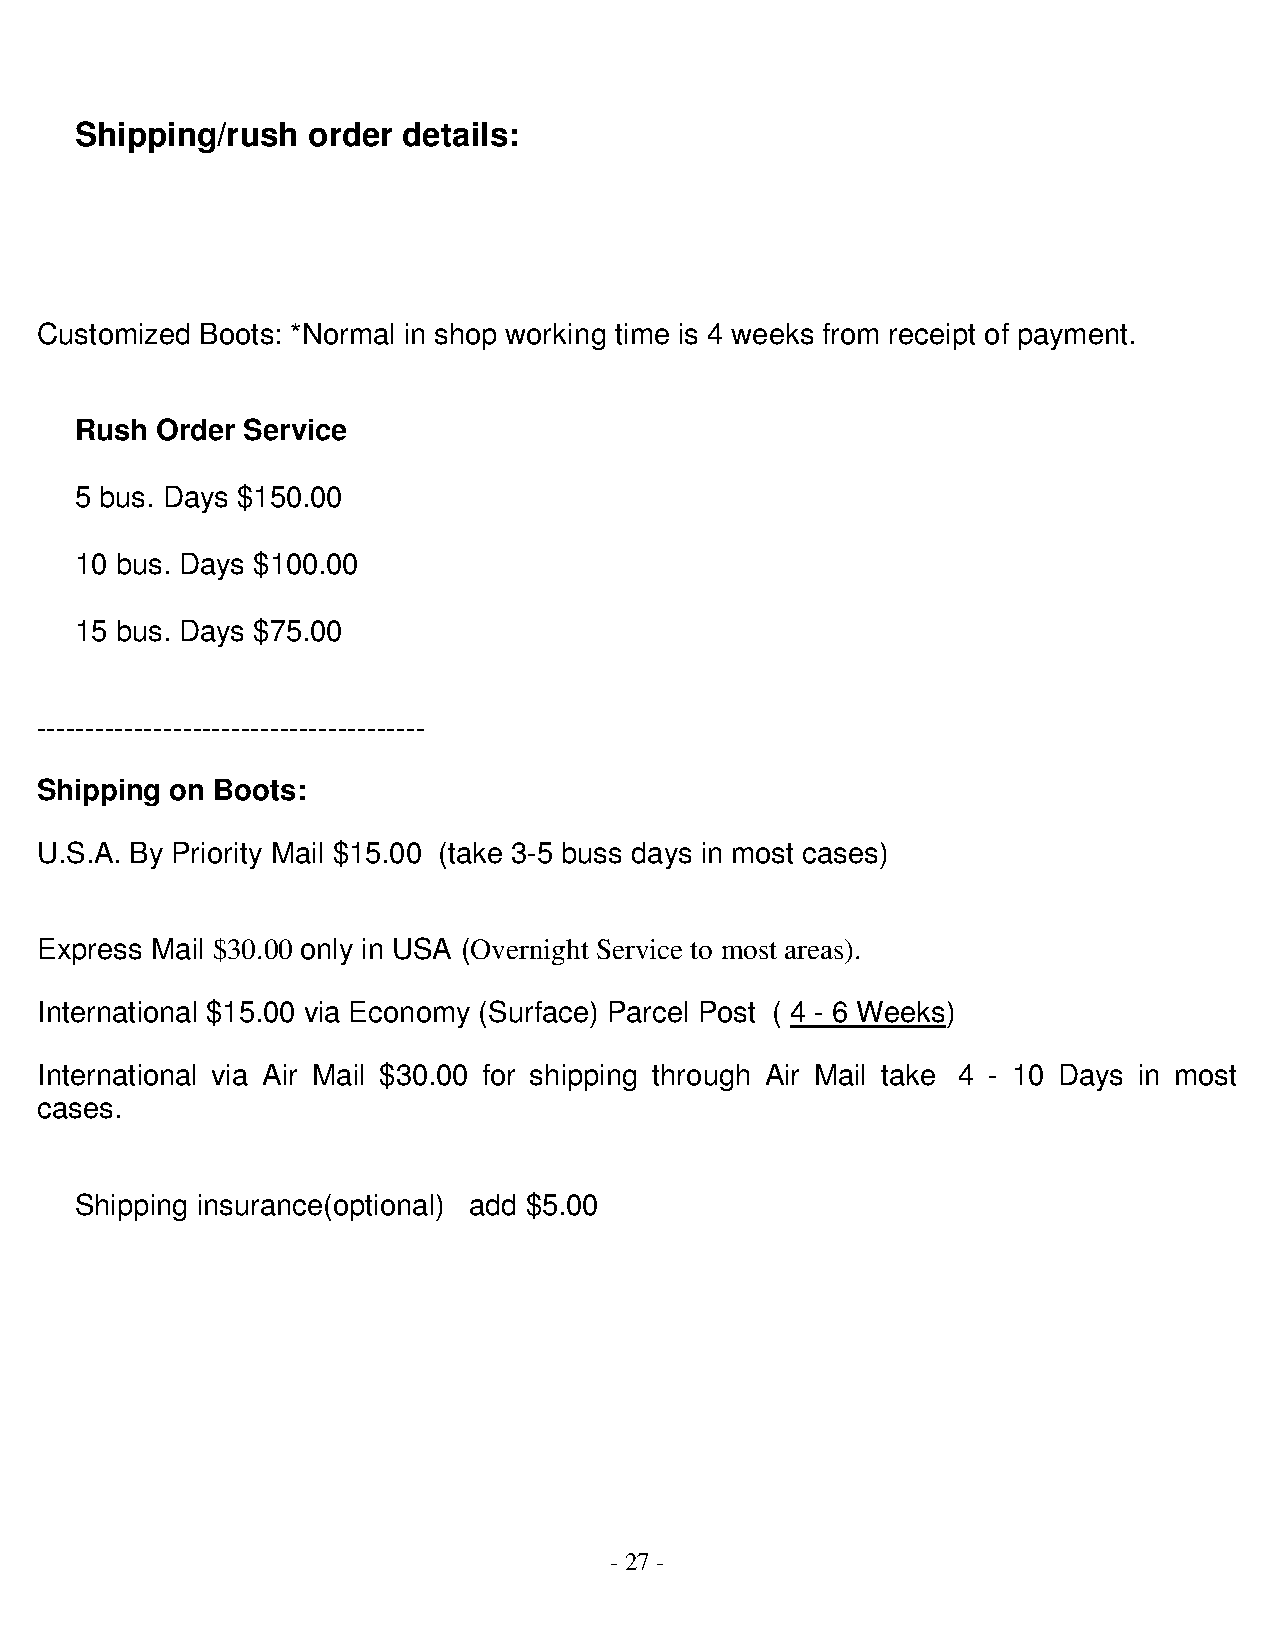
Shipping/rush  order  details:
 Customized Boots: *Normal in shop working time is 4 weeks from receipt of payment.
 Rush Order Service
 5 bus. Days $150.00
 10 bus. Days $100.00
 15 bus. Days $75.00
 ----------------------------------------
 Shipping on Boots:
 U.S.A. By Priority Mail $15.00 (take 3-5 buss days in most cases)
 Express Mail $30.00 only in USA (Overnight Service to most areas).
 International $15.00 via Economy (Surface) Parcel Post ( 4 - 6 Weeks)
 International via Air Mail $30.00 for shipping through Air Mail take 4 - 10 Days in most
 cases.
 Shipping insurance(optional) add $5.00
 - 27 -